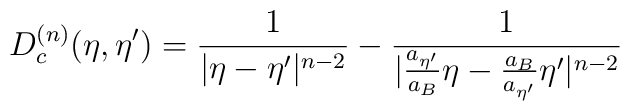
D_{c}^{(n)}(\eta,{\eta}') = \frac{1}{|{\eta}-{\eta}'|^{n-2}} - \frac{1}{|\frac{a_{{\eta}'}}{a_B}{\eta}-\frac{a_B}{a_{{\eta}'}}{\eta}'|^{n-2}}